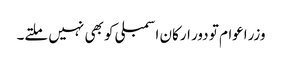
وزراعوام تو دور ارکان اسمبلی کو بھی نہیں ملتے۔